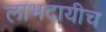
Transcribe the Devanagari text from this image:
लाभदायीच